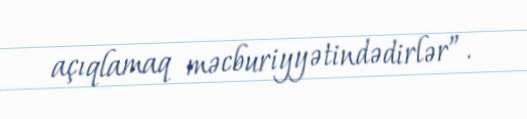
açıqlamaq məcburiyyətindədirlər”.